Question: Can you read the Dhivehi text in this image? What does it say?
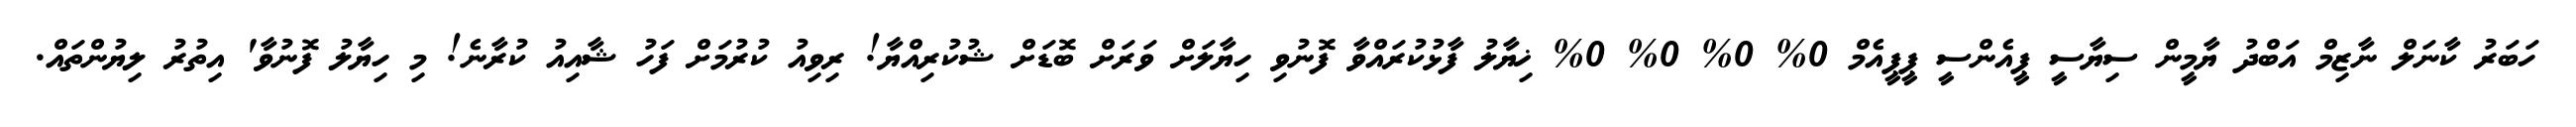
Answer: ހަބަރު ކާނަލް ނާޒިމް އަބްދު ޔާމީން ސިޔާސީ ޕީއެންސީ ޕީޕީއެމް 0% 0% 0% 0% ޚިޔާލު ފާޅުކުރައްވާ ފޮނުވި ހިޔާލަށް ވަރަށް ބޮޑަށް ޝުކުރިއްޔާ! ރިވިއު ކުރުމަށް ފަހު ޝާއިއު ކުރާނެ! މި ހިޔާލު ފޮނުވާ' އިތުރު ލިޔުންތައް.